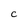
Character: c